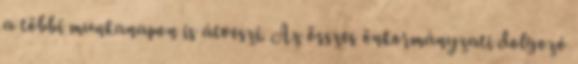
a többi munkanapon is átveszi. Az összes önkormányzati dolgozó